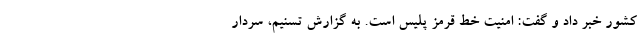
کشور خبر داد و گفت: امنیت خط قرمز پلیس است. به گزارش تسنیم، سردار